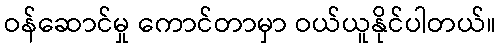
ဝန်ဆောင်မှု ကောင်တာမှာ ဝယ်ယူနိုင်ပါတယ်။